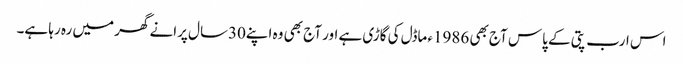
اس ارب پتی کے پاس آج بھی 1986ء ماڈل کی گاڑی ہے اور آج بھی وہ اپنے30سال پرانے گھر میں رہ رہا ہے۔